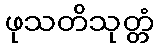
ဖုသတိသုတ္တံ